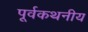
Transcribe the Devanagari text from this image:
पूर्वकथनीय